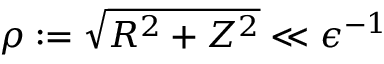
\rho : = \sqrt { R ^ { 2 } + Z ^ { 2 } } \ll \epsilon ^ { - 1 }